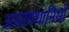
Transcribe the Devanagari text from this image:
असावधानियों